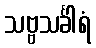
သဗ္ဗသင်္ခါရံ